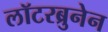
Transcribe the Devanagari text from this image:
लॉटरब्रुनेन